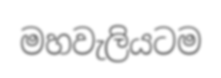
මහවැලියටම